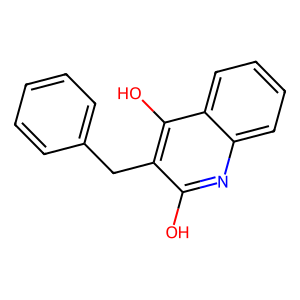
SMILES: Oc1nc2ccccc2c(O)c1Cc1ccccc1
Inhibits HIV replication: No